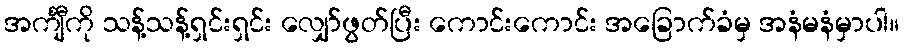
အင်္ကျီကို သန့်သန့်ရှင်းရှင်း လျှော်ဖွတ်ပြီး ကောင်းကောင်း အခြောက်ခံမှ အနံမနံမှာပါ။